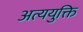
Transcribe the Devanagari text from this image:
अत्ययुक्ति